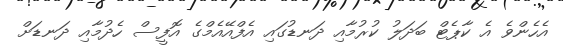
އެހެންވެ އެ ކާޕެޓް ބަދަލު ކުރުމާއި ދަނޑުގައި އެފްއޭއެމްގެ އޮފީސް ހެދުމާއި ދަނޑަށް